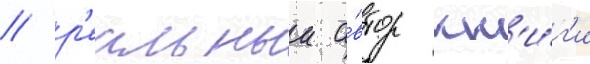
/ р'еальныи а́втор кн'и́г'и